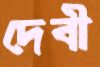
দেবী